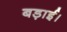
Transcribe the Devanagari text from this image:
बड़ाई।